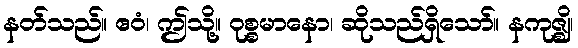
နတ်သည်။ ဧဝံ၊ ဤသို့။ ဝုစ္စမာနော၊ ဆိုသည်ရှိသော်။ နကုဇ္ဈိ၊